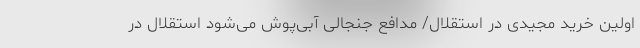
اولین خرید مجیدی در استقلال/ مدافع جنجالی آبی‌پوش می‌شود استقلال در